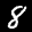
Label: 8